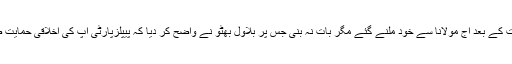
چیئرمین پیپلزپارٹی بلاول بھٹو شہبازشریف سے ملاقات کے بعد آج مولانا سے خود ملنے گئے مگر بات نہ بنی جس پر بلاول بھٹو نے واضح کر دیا کہ پیپلزپارٹی آپ کی اخلاقی حمایت ضرور کرے گی جبکہ دھرنے میں شریک نہیں ہو گی۔